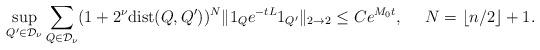
LaTeX: \begin{align*} \sup_{Q'\in \mathcal{D}_\nu}\sum_{Q\in \mathcal{D}_\nu}(1+2^\nu {\rm dist}(Q,Q'))^{N}\|1_Q e^{-tL}1_{Q'}\|_{2\to 2} \leq C e^{M_{0}t}, \ \ \ \ N=\lfloor n/2\rfloor+1. \end{align*}